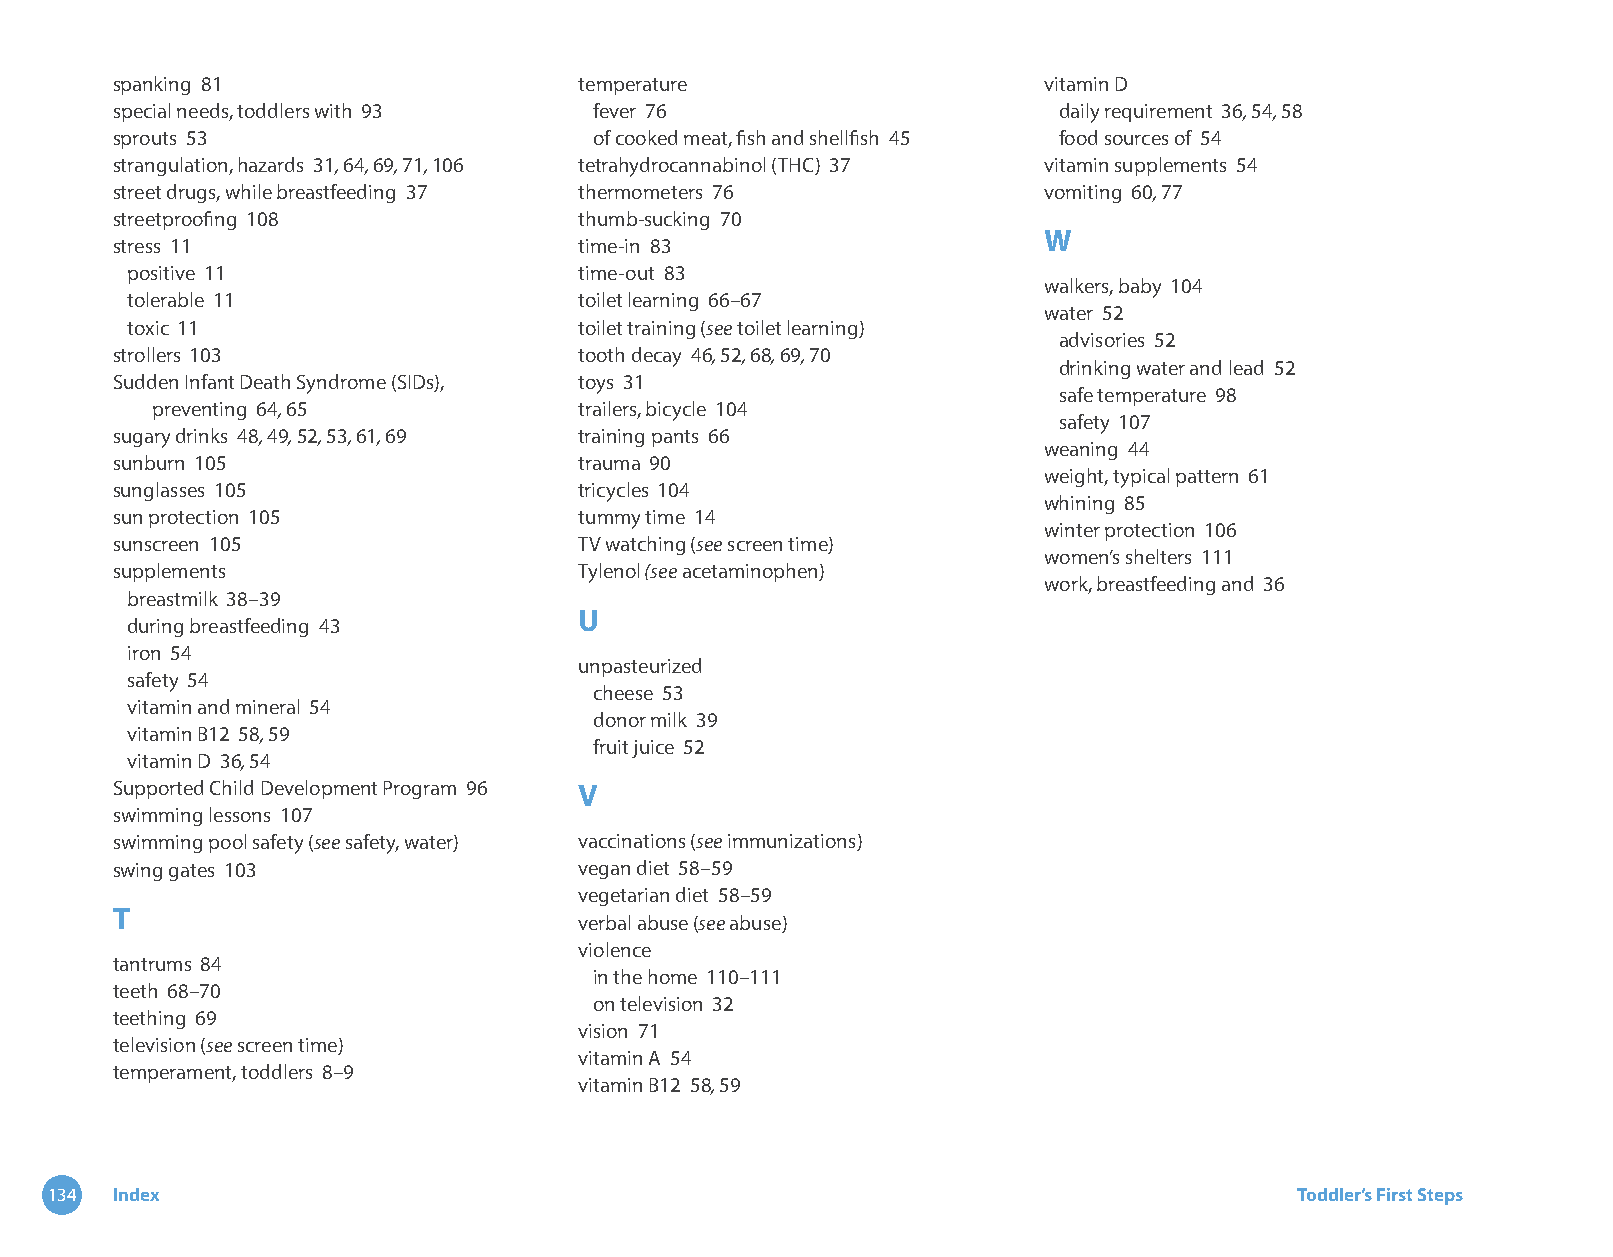
spanking 81                    temperature                    vitamin D
 special needs, toddlers with 93 fever 76                       daily requirement 36, 54, 58
 sprouts 53                      of cooked meat, fish and shellfish 45 food sources of 54
 strangulation, hazards 31, 64, 69, 71, 106 tetrahydrocannabinol (THC) 37 vitamin supplements 54
 street drugs, while breastfeeding 37 thermometers 76          vomiting 60, 77
 streetproofing 108             thumb-sucking 70
 W
 stress 11                      time-in 83
 positive 11                   time-out 83
 walkers, baby 104
 tolerable 11                  toilet learning 66–67
 water 52
 toxic 11                      toilet training (see toilet learning)
 advisories 52
 strollers 103                  tooth decay 46, 52, 68, 69, 70
 drinking water and lead 52
 Sudden Infant Death Syndrome (SIDs), toys 31
 safe temperature 98
 preventing 64, 65           trailers, bicycle 104
 safety 107
 sugary drinks 48, 49, 52, 53, 61, 69 training pants 66
 weaning 44
 sunburn 105                    trauma 90
 weight, typical pattern 61
 sunglasses 105                 tricycles 104
 whining 85
 sun protection 105             tummy time 14
 winter protection 106
 sunscreen 105                  TV watching (see screen time)
 women’s shelters 111
 supplements                    Tylenol (see acetaminophen)
 work, breastfeeding and 36
 breastmilk 38–39
 U
 during breastfeeding 43
 iron 54
 unpasteurized
 safety 54
 cheese 53
 vitamin and mineral 54
 donor milk 39
 vitamin B12 58, 59
 fruit juice 52
 vitamin D 36, 54
 Supported Child Development Program 96 V
 swimming lessons 107
 swimming pool safety (see safety, water) vaccinations (see immunizations)
 swing gates 103                vegan diet 58–59
 vegetarian diet 58–59
 T
 verbal abuse (see abuse)
 violence
 tantrums 84
 in the home 110–111
 teeth 68–70
 on television 32
 teething 69
 vision 71
 television (see screen time)
 vitamin A 54
 temperament, toddlers 8–9
 vitamin B12 58, 59
 134 Index                                                                          Toddler’s First Steps